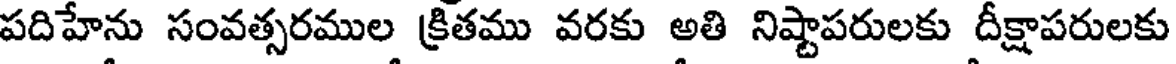
పదిహేను సంవత్సరముల క్రితము వరకు అతి నిష్టాపరులకు దీక్షాపరులకు